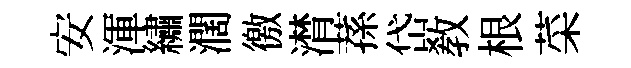
安渾繡濶徼潸蓀岱教根菜